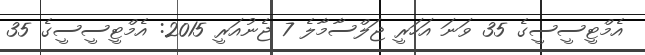
އެމްޓީސީސީގެ 35 ވަނަ އަހަރީ ޖަލްސާމާލެ 7 ޖެނުއަރީ 2015: އެމްޓީސީސީގެ 35